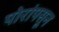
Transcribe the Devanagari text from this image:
पोरांपसून